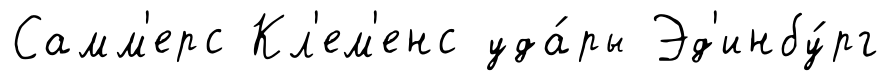
Самм'ерс Кл'ем'енс уда́ры Эд'инбу́рг